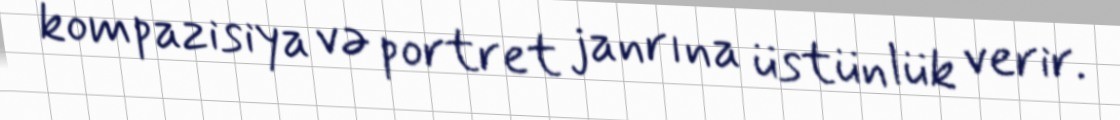
kompazisiya və portret janrına üstünlük verir.